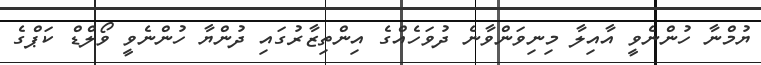
ޔުމްނާ ހުންނެވީ އާއިލާ މިނިވަންވާނެ ދުވަހެއްގެ އިންތިޒާރުގައި ދުންޔާ ހުންނެވީ ވޯލްޑް ކަޕްގެ